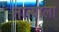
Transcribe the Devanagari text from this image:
ताऱ्‍याला